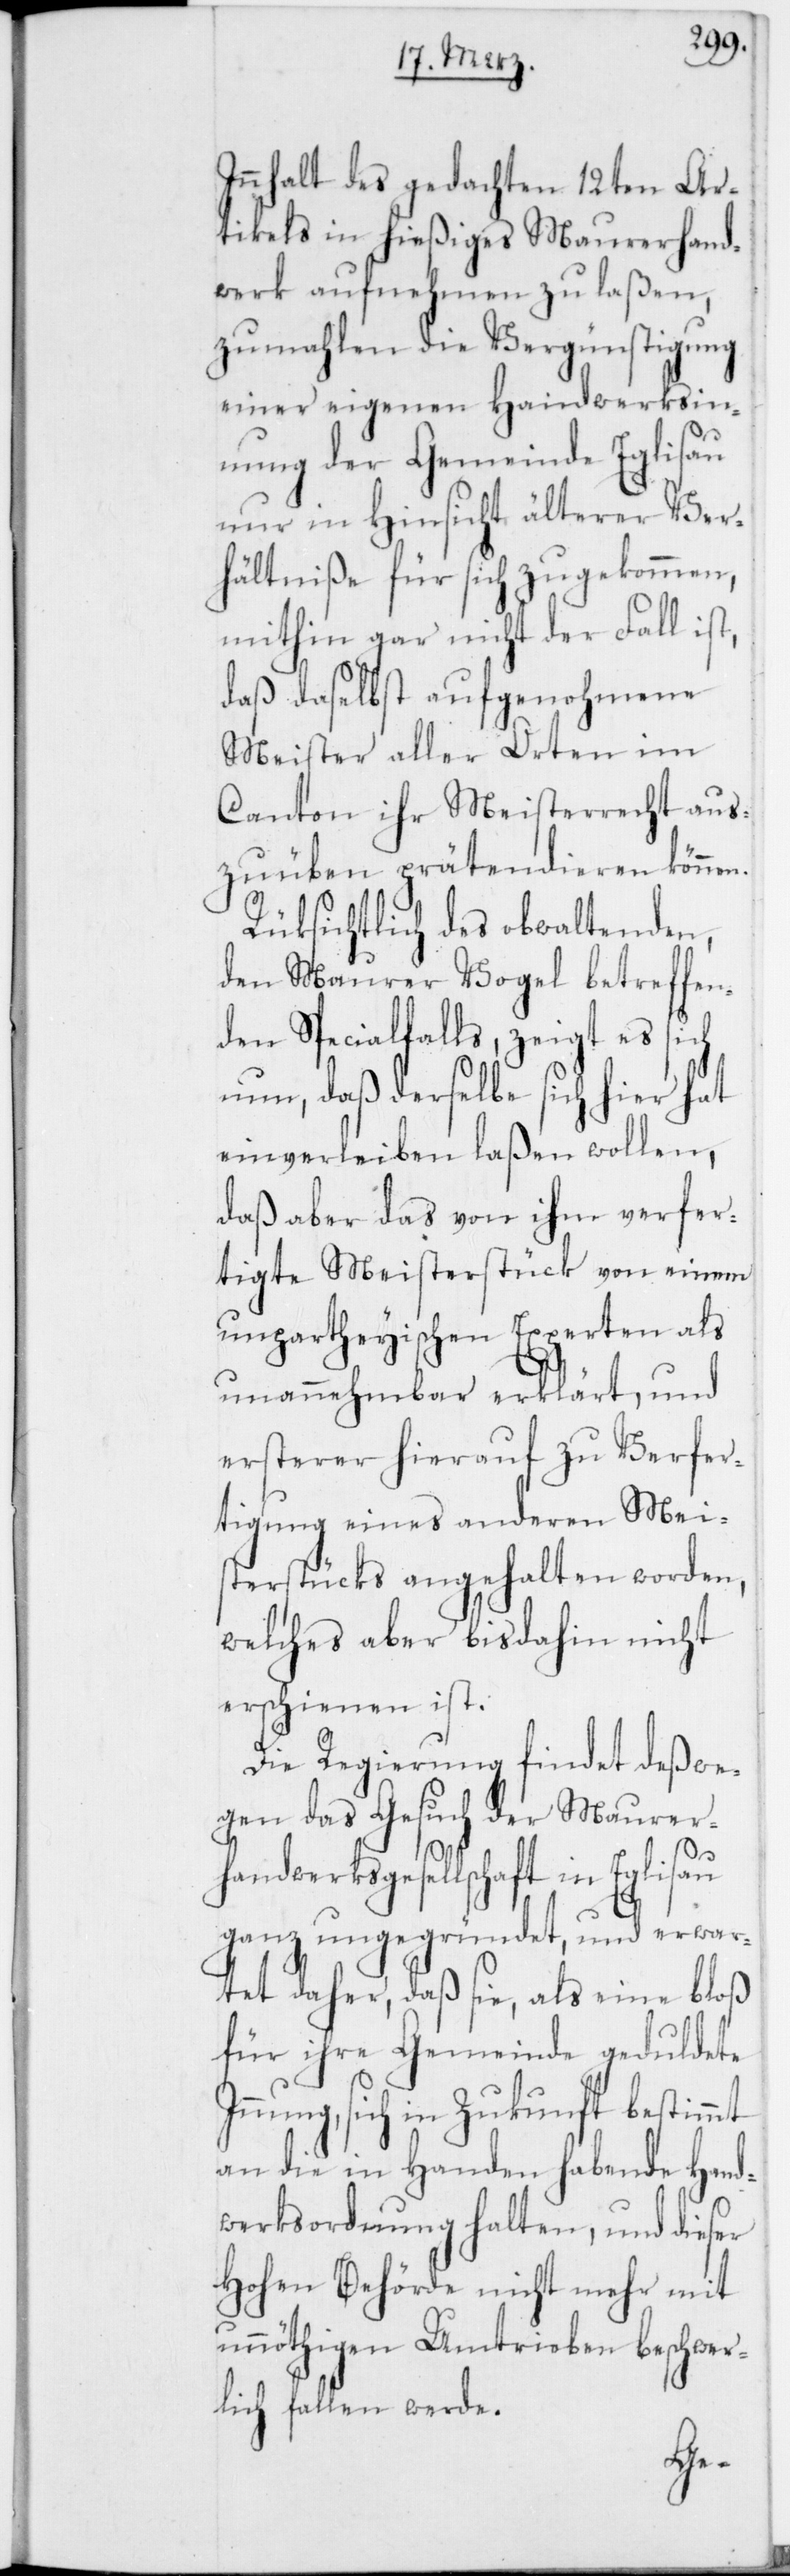
Innhalt des gedachten 12ten Ar¬
tikels in hießiges Maurerhand¬
werk aufnehmen zu laßen,
zumahlen die Vergünstigung
einer eigenen Handwerksin¬
nung der Gemeinde Eglisau
nur in Hinsicht älterer Ver¬
hältniße für sich zugekommen,
mithin gar nicht der Fall ist,
daß daselbst aufgenohmene
Meister aller Orten im
Canton ihr Meisterrecht aus¬
zuüben prätendieren können.
Rüksichtlich des obwaltenden,
den Maurer Vogel betreffen¬
den Specialfalls, zeigt es sich
nun, daß derselbe sich hier hat
einverleiben laßen wollen,
daß aber das von ihm verfer¬
tigte Meisterstück von einem
unpartheyischen Experten als
unannehmbar erklärt, und
ersterer hierauf zu Verfer¬
tigung eines anderen Meis¬
terstücks angehalten worden,
welches aber bis dahin nicht
erschienen ist.
Die Regierung findet deßwe¬
gen das Gesuch der Maurer¬
handwerksgesellschaft in Eglisau
ganz ungegründet, und erwar¬
tet daher, daß sie, als eine bloß
für ihre Gemeinde geduldete
Innung, sich in Zukunft bestimmt
an die in Handen habende Hand¬
werksordnung halten, und dieser
Hohen Behörde nicht mehr mit
unnöthigen Umtrieben beschwer¬
lich fallen werde.